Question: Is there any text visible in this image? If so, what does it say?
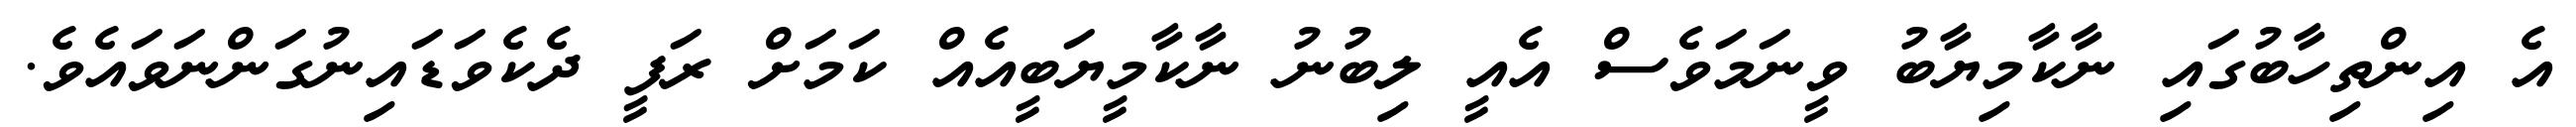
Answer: އެ އިންތިހާބުގައި ނާކާމިޔާބު ވީނަމަވެސް އެއީ ލިބުނު ނާކާމީޔަބީއެއް ކަމަށް ރަފީ ދެކެވަޑައިނުގަންނަވައެވެ.